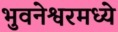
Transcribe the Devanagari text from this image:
भुवनेश्वरमध्ये